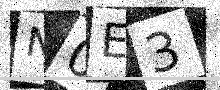
Text: N0E3